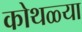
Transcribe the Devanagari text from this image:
कोथळ्या